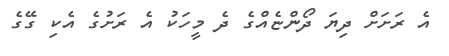
އެ ރަށަށް ދިޔަ ދޯންޏެއްގެ ދެ މީހަކު އެ ރަށުގެ އެކި ގޭގެ